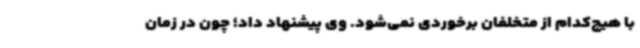
با هیچ‌کدام از متخلفان برخوردی نمی‌شود. وی پیشنهاد داد؛ چون در زمان